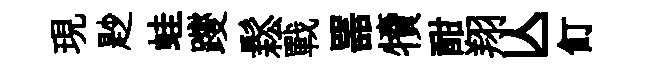
現尟蛙躞鬆戰噐犢酣翔亾飣